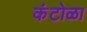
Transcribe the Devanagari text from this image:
कंटोळा